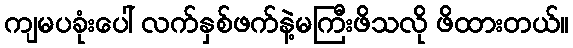
ကျမပခုံးပေါ် လက်နှစ်ဖက်နဲ့မကြီးဖိသလို ဖိထားတယ်။